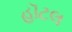
હૉટલ